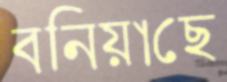
বনিয়াছে